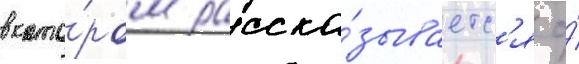
в кото́ром расска́зываетс'я о́